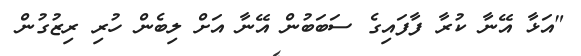
"އަޅާ އޭނާ ކުރާ ފާފައިގެ ސަބަބުން އޭނާ އަށް ލިބެން ހުރި ރިޒުގުން